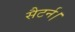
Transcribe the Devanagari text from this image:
सैटर्न।